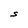
Character: S